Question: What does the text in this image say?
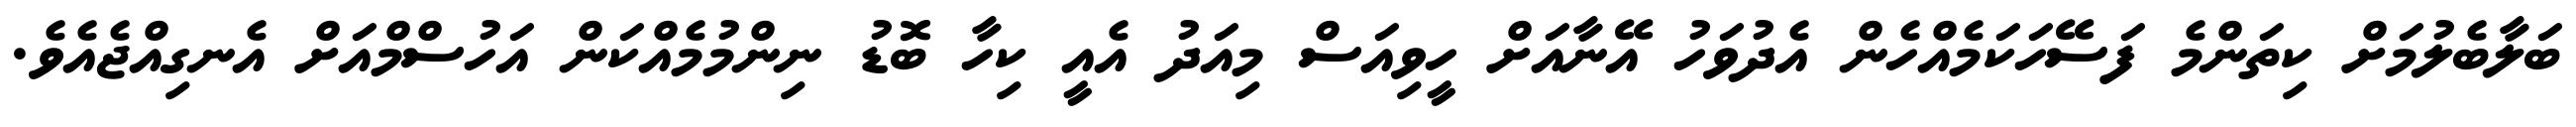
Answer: ބަލާބެލުމަށް ކިތަންމެ ފަސޭހަކަމެއްހެން އެދުވަހު އޭނާއަށް ހީވިއަސް މިއަދު އެއީ ކިހާ ބޮޑު ނިންމުމެއްކަން އަހުސްމްއަށް އެނގިއްޖެއެވެ.